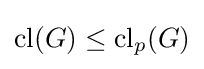
\mathrm {cl} (G)\leq \mathrm {cl} _{p}(G)